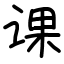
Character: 课